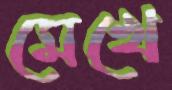
মেখে